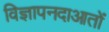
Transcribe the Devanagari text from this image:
विज्ञापनदाआतों